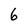
Character: 6